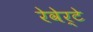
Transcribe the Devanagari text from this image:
रेवेर्टे